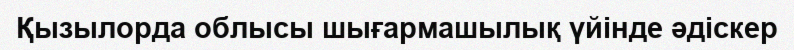
Қызылорда облысы шығармашылық үйінде әдіскер